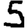
Digit: 5